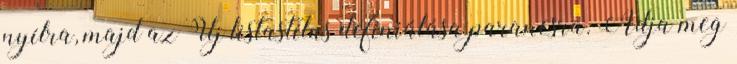
nyílra, majd az Új listastílus definiálása parancsra. Adja meg